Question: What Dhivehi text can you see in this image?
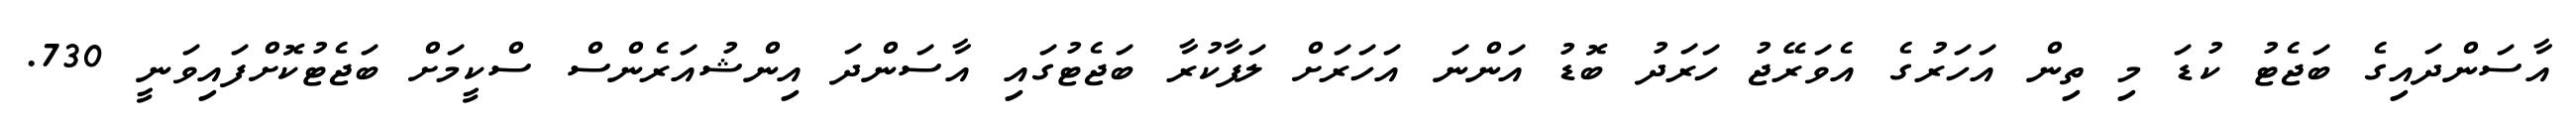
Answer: އާސަންދައިގެ ބަޖެޓު ކުޑަ މި ތިން އަހަރުގެ އެވަރޭޖު ހަރަދު ބޮޑު އަންނަ އަހަރަށް ލަފާކުރާ ބަޖެޓުގައި އާސަންދަ އިންޝުއަރެންސް ސްކީމަށް ބަޖެޓުކޮށްފައިވަނީ 730.